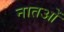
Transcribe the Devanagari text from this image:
नातओं